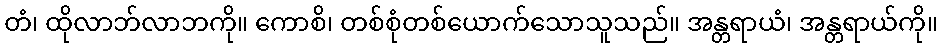
တံ၊ ထိုလာဘ်လာဘကို။ ကောစိ၊ တစ်စုံတစ်ယောက်သောသူသည်။ အန္တရာယံ၊ အန္တရာယ်ကို။